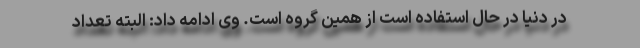
در دنیا در حال استفاده است از همین گروه است. وی ادامه داد: البته تعداد